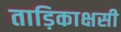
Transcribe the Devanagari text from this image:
ताड़िकाक्षसी